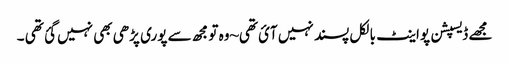
مجھے ڈیسپشن پواینٹ بالکل پسند نہیں آئ تھی~وہ تو مجھ سے پوری پڑھی بھی نہیں گئ تھی ۔